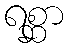
ရစ္ဆာ